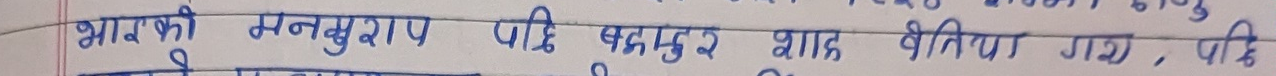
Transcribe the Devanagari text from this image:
भारत की मनसु राय यदि बहादुर शाह बेचिया गया, पछि